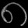
Digit: ၈